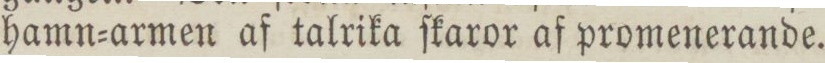
hamn=armen af talrika ſkaror af promenerande.